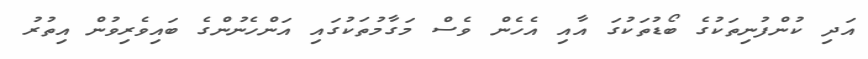
އަދި ކުންފުނިތަކުގެ ބޯޑުތަކުގަ އާއި އެހެން ވެސް މަގާމުތަކުގައި އަންހެނުންގެ ބައިވެރިވުން އިތުރު